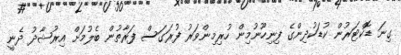
ގިނަ ޑޮކްޓަރުން ކުޑަކުދިންގެ ފިނިހޫނުމިން ހުރިމިންވަރު ފުރަގަސް ފަރާތުން ބެލުމަށް އިރުޝާދު ދެނީ